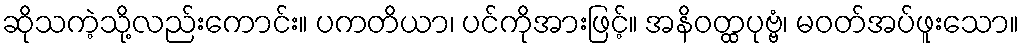
ဆိုသကဲ့သို့လည်းကောင်း။ ပကတိယာ၊ ပင်ကိုအားဖြင့်။ အနိဝတ္ထပုဗ္ဗံ၊ မဝတ်အပ်ဖူးသော။